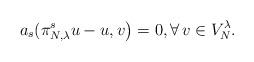
LaTeX: \begin{align*}a_s(\pi_{N,\lambda}^s u-u, v\big)=0,\forall\, v\in V_N^\lambda.\end{align*}